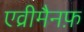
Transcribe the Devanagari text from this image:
एव्रीमैनफ़